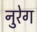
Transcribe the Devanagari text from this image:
नुरेग